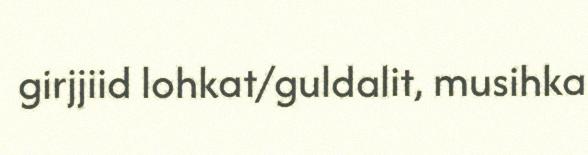
girjjiid lohkat/guldalit, musihka